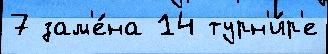
7 зам'е́на 14 турн'и́р'е